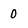
Character: 0